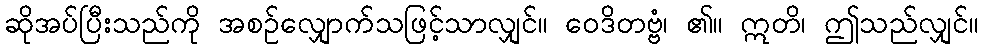
ဆိုအပ်ပြီးသည်ကို အစဉ်လျှောက်သဖြင့်သာလျှင်။ ဝေဒိတဗ္ဗံ၊ ၏။ ဣတိ၊ ဤသည်လျှင်။